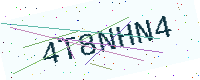
Text: 4T8NHN4